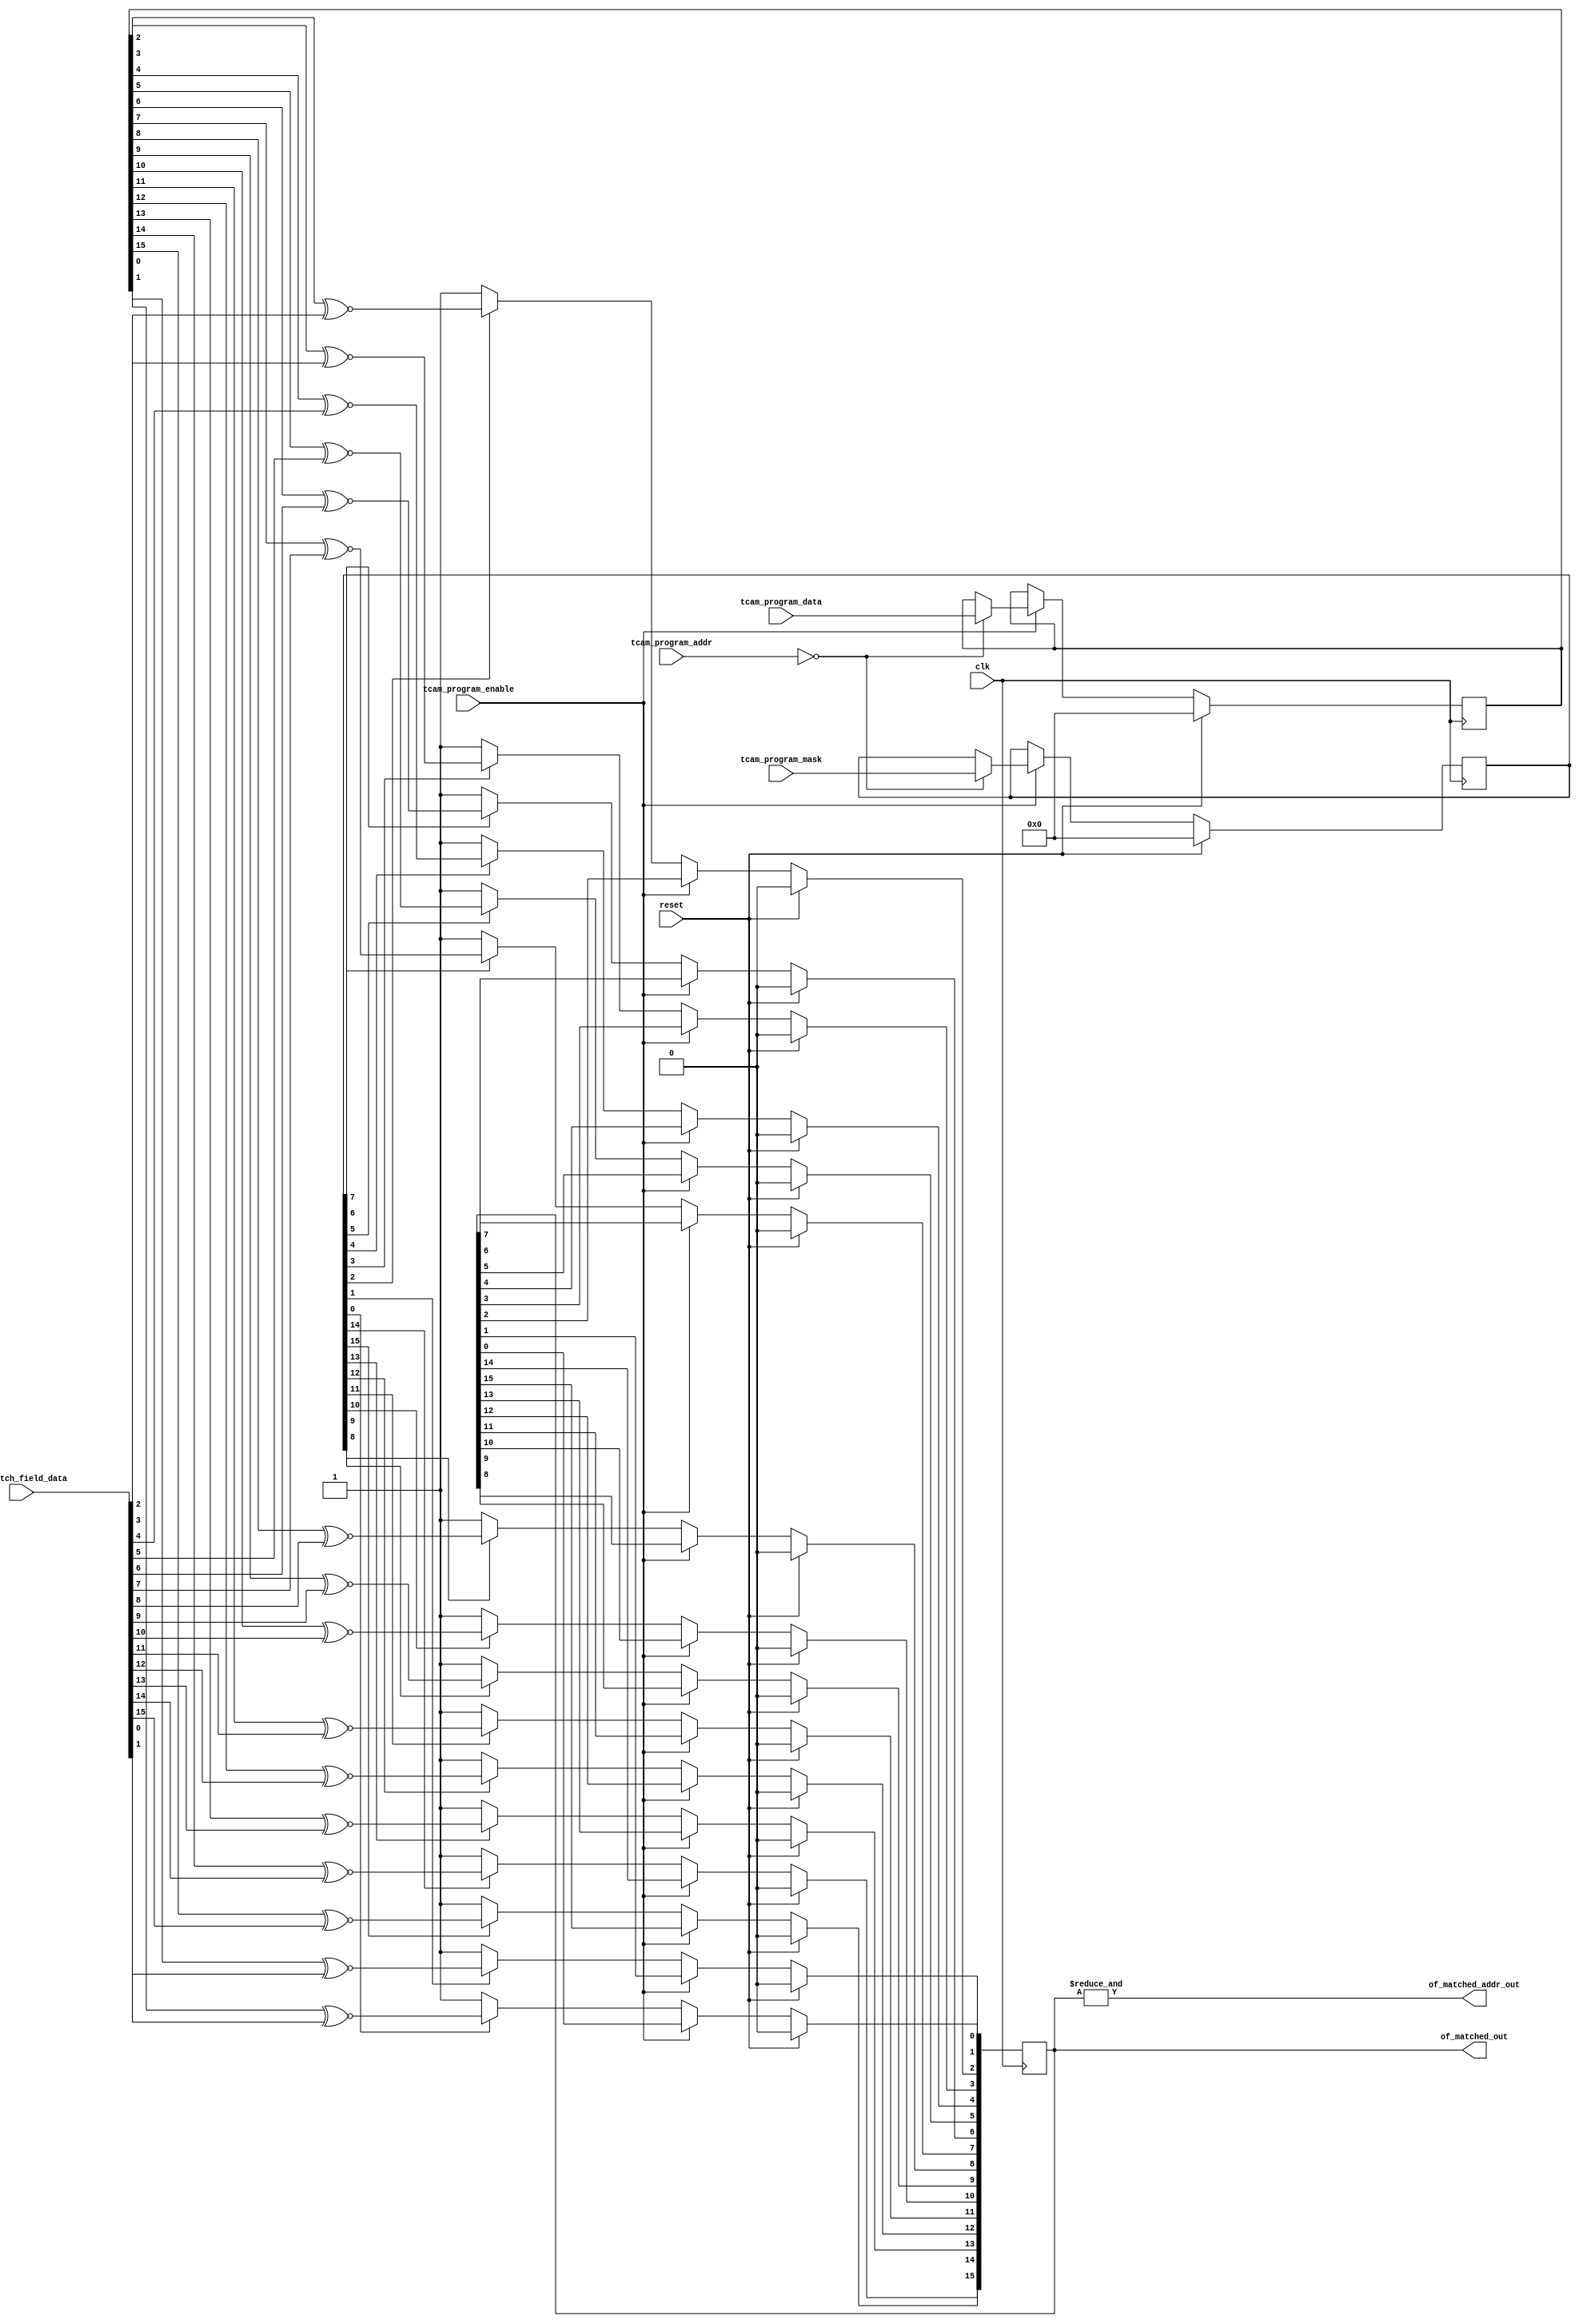
`timescale 1ns / 1ps
//////////////////////////////////////////////////////////////////////////////////
// Company: NETWALK
// 
// Design Name: 
// Module Name:    netwalk_tcam_unit 
// Project Name: 
// Target Devices: 
// Tool versions: 
// Description: 
//
// Dependencies: 
//
// Revision: 
// Revision 0.01 - File Created
// Additional Comments: 
//
//////////////////////////////////////////////////////////////////////////////////
module tcam_unit_test_logic
#(parameter TCAM_UNIT_ADDR=0,DPL_MATCH_FIELD_WIDTH=16,TCAM_ADDR_WIDTH=10)
(
clk,
reset,

tcam_program_data,
tcam_program_mask,
tcam_program_addr,
tcam_program_enable,

of_match_field_data,
of_matched_addr_out,
of_matched_out

);

input clk;
input reset;
input [DPL_MATCH_FIELD_WIDTH-1:0]tcam_program_data;
input [DPL_MATCH_FIELD_WIDTH-1:0]tcam_program_mask;
input [TCAM_ADDR_WIDTH-1:0]tcam_program_addr;
input tcam_program_enable;

input [DPL_MATCH_FIELD_WIDTH-1:0]of_match_field_data;
output  of_matched_addr_out;

reg [DPL_MATCH_FIELD_WIDTH-1:0]tcam_unit_data;
reg [DPL_MATCH_FIELD_WIDTH-1:0]tcam_unit_mask;
integer i;

output reg [DPL_MATCH_FIELD_WIDTH-1:0]of_matched_out;

//assign of_matched_addr_out=
/*integer j;
always@(of_matched_out)begin
  for(j=0;j<DPL_MATCH_FIELD_WIDTH:j=j+1)begin
      of_matched_addr_out &= of_matched_out[j]& 1'b1;
  end
end
*/
assign of_matched_addr_out= & of_matched_out;

initial begin
$monitor("TIME: %g , OF_MATCHED_OUT: %x  OF_MATCHED_ADDR_OUT=%b\n",$time,of_matched_out,of_matched_addr_out);
end


always@(posedge clk)begin
		if(!reset)begin
			if(tcam_program_enable)begin
				if(tcam_program_addr == TCAM_UNIT_ADDR )begin
					tcam_unit_data<=tcam_program_data;
					tcam_unit_mask<=tcam_program_mask;
				end
			end
		   else begin
              // $display("TCAM_MATCHING\n");
					for(i=0;i<DPL_MATCH_FIELD_WIDTH;i=i+1)begin
					     if(tcam_unit_mask[i] == 1'b1)begin
						     // $display("TCAM_MATCHING: %g %x-TCAM_MASK=1\n",$time,i);
						        of_matched_out[i] <= (tcam_unit_data[i] ~^ of_match_field_data[i]);
						  end						  
						  else begin
						  //$display("TCAM_MATCHING: %g %x-TCAM_MASK=0\n",$time,i);
						      of_matched_out[i]<= 1'b1;
						  end
					end
			end
		end 
		else begin
		     tcam_unit_data<=0;
			  tcam_unit_mask<=0; 
			  of_matched_out<=0;
		end

end
endmodule